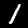
Digit: 1